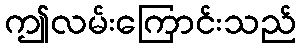
ဤလမ်းကြောင်းသည်